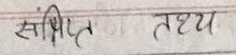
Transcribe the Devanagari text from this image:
संक्षिप्त तथ्य